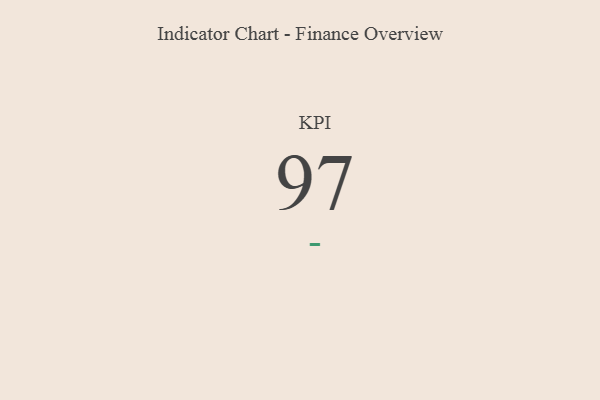
{"axis": {"x": "KPI", "y": "Value"}, "legend": [""], "data": [{"x": "KPI", "y": 97, "type": ""}]}